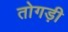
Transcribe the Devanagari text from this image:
तोगड़ी